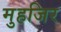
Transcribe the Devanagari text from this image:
मुहजिर